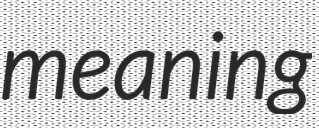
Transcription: meaning